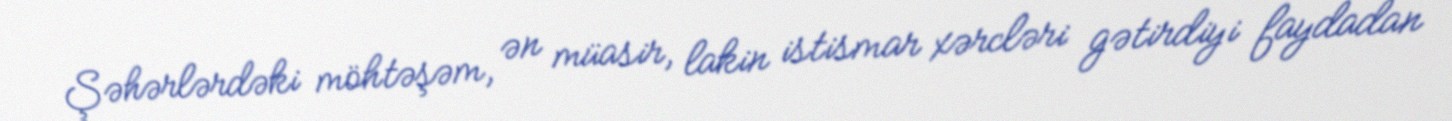
Şəhərlərdəki möhtəşəm, ən müasir, lakin istismar xərcləri gətirdiyi faydadan